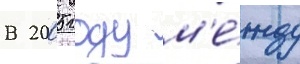
В 2005 году м'е́жду